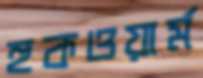
হুকওয়ার্ম